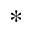
\ast